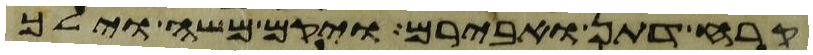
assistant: קרח דתן ואבירם ויקם משה וילך